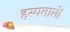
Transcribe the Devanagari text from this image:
हस्पतालों